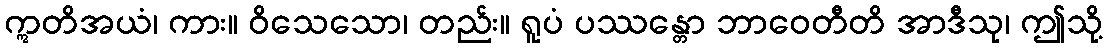
ဣတိအယံ၊ ကား။ ဝိသေသော၊ တည်း။ ရူပံ ပဿန္တော ဘာဝေတီတိ အာဒီသု၊ ဤသို့